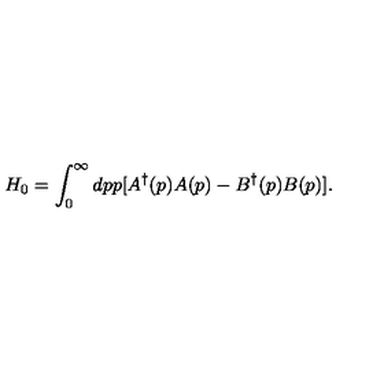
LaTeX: H _ { 0 } = \int _ { 0 } ^ { \infty } d p p [ A ^ { \dag } ( p ) A ( p ) - B ^ { \dag } ( p ) B ( p ) ] .